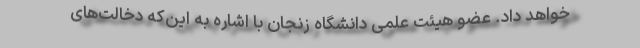
خواهد داد. عضو هیئت علمی دانشگاه زنجان با اشاره به این‌که دخالت‌های